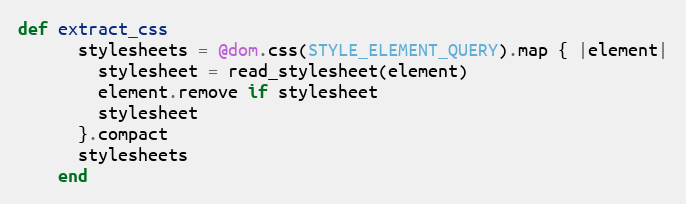
Language: Ruby
def extract_css
      stylesheets = @dom.css(STYLE_ELEMENT_QUERY).map { |element|
        stylesheet = read_stylesheet(element)
        element.remove if stylesheet
        stylesheet
      }.compact
      stylesheets
    end